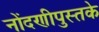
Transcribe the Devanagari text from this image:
नोंदणीपुस्तके